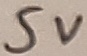
Text: 5V